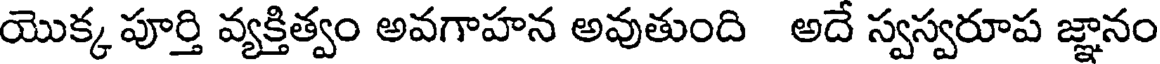
యొక్క పూర్తి వ్యక్తిత్వం అవగాహన అవుతుంది అదే స్వస్వరూప జ్ఞానం